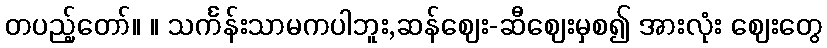
တပည့်တော်။ ။ သင်္ကန်းသာမကပါဘူး,ဆန်ဈေး-ဆီဈေးမှစ၍ အားလုံး ဈေးတွေ